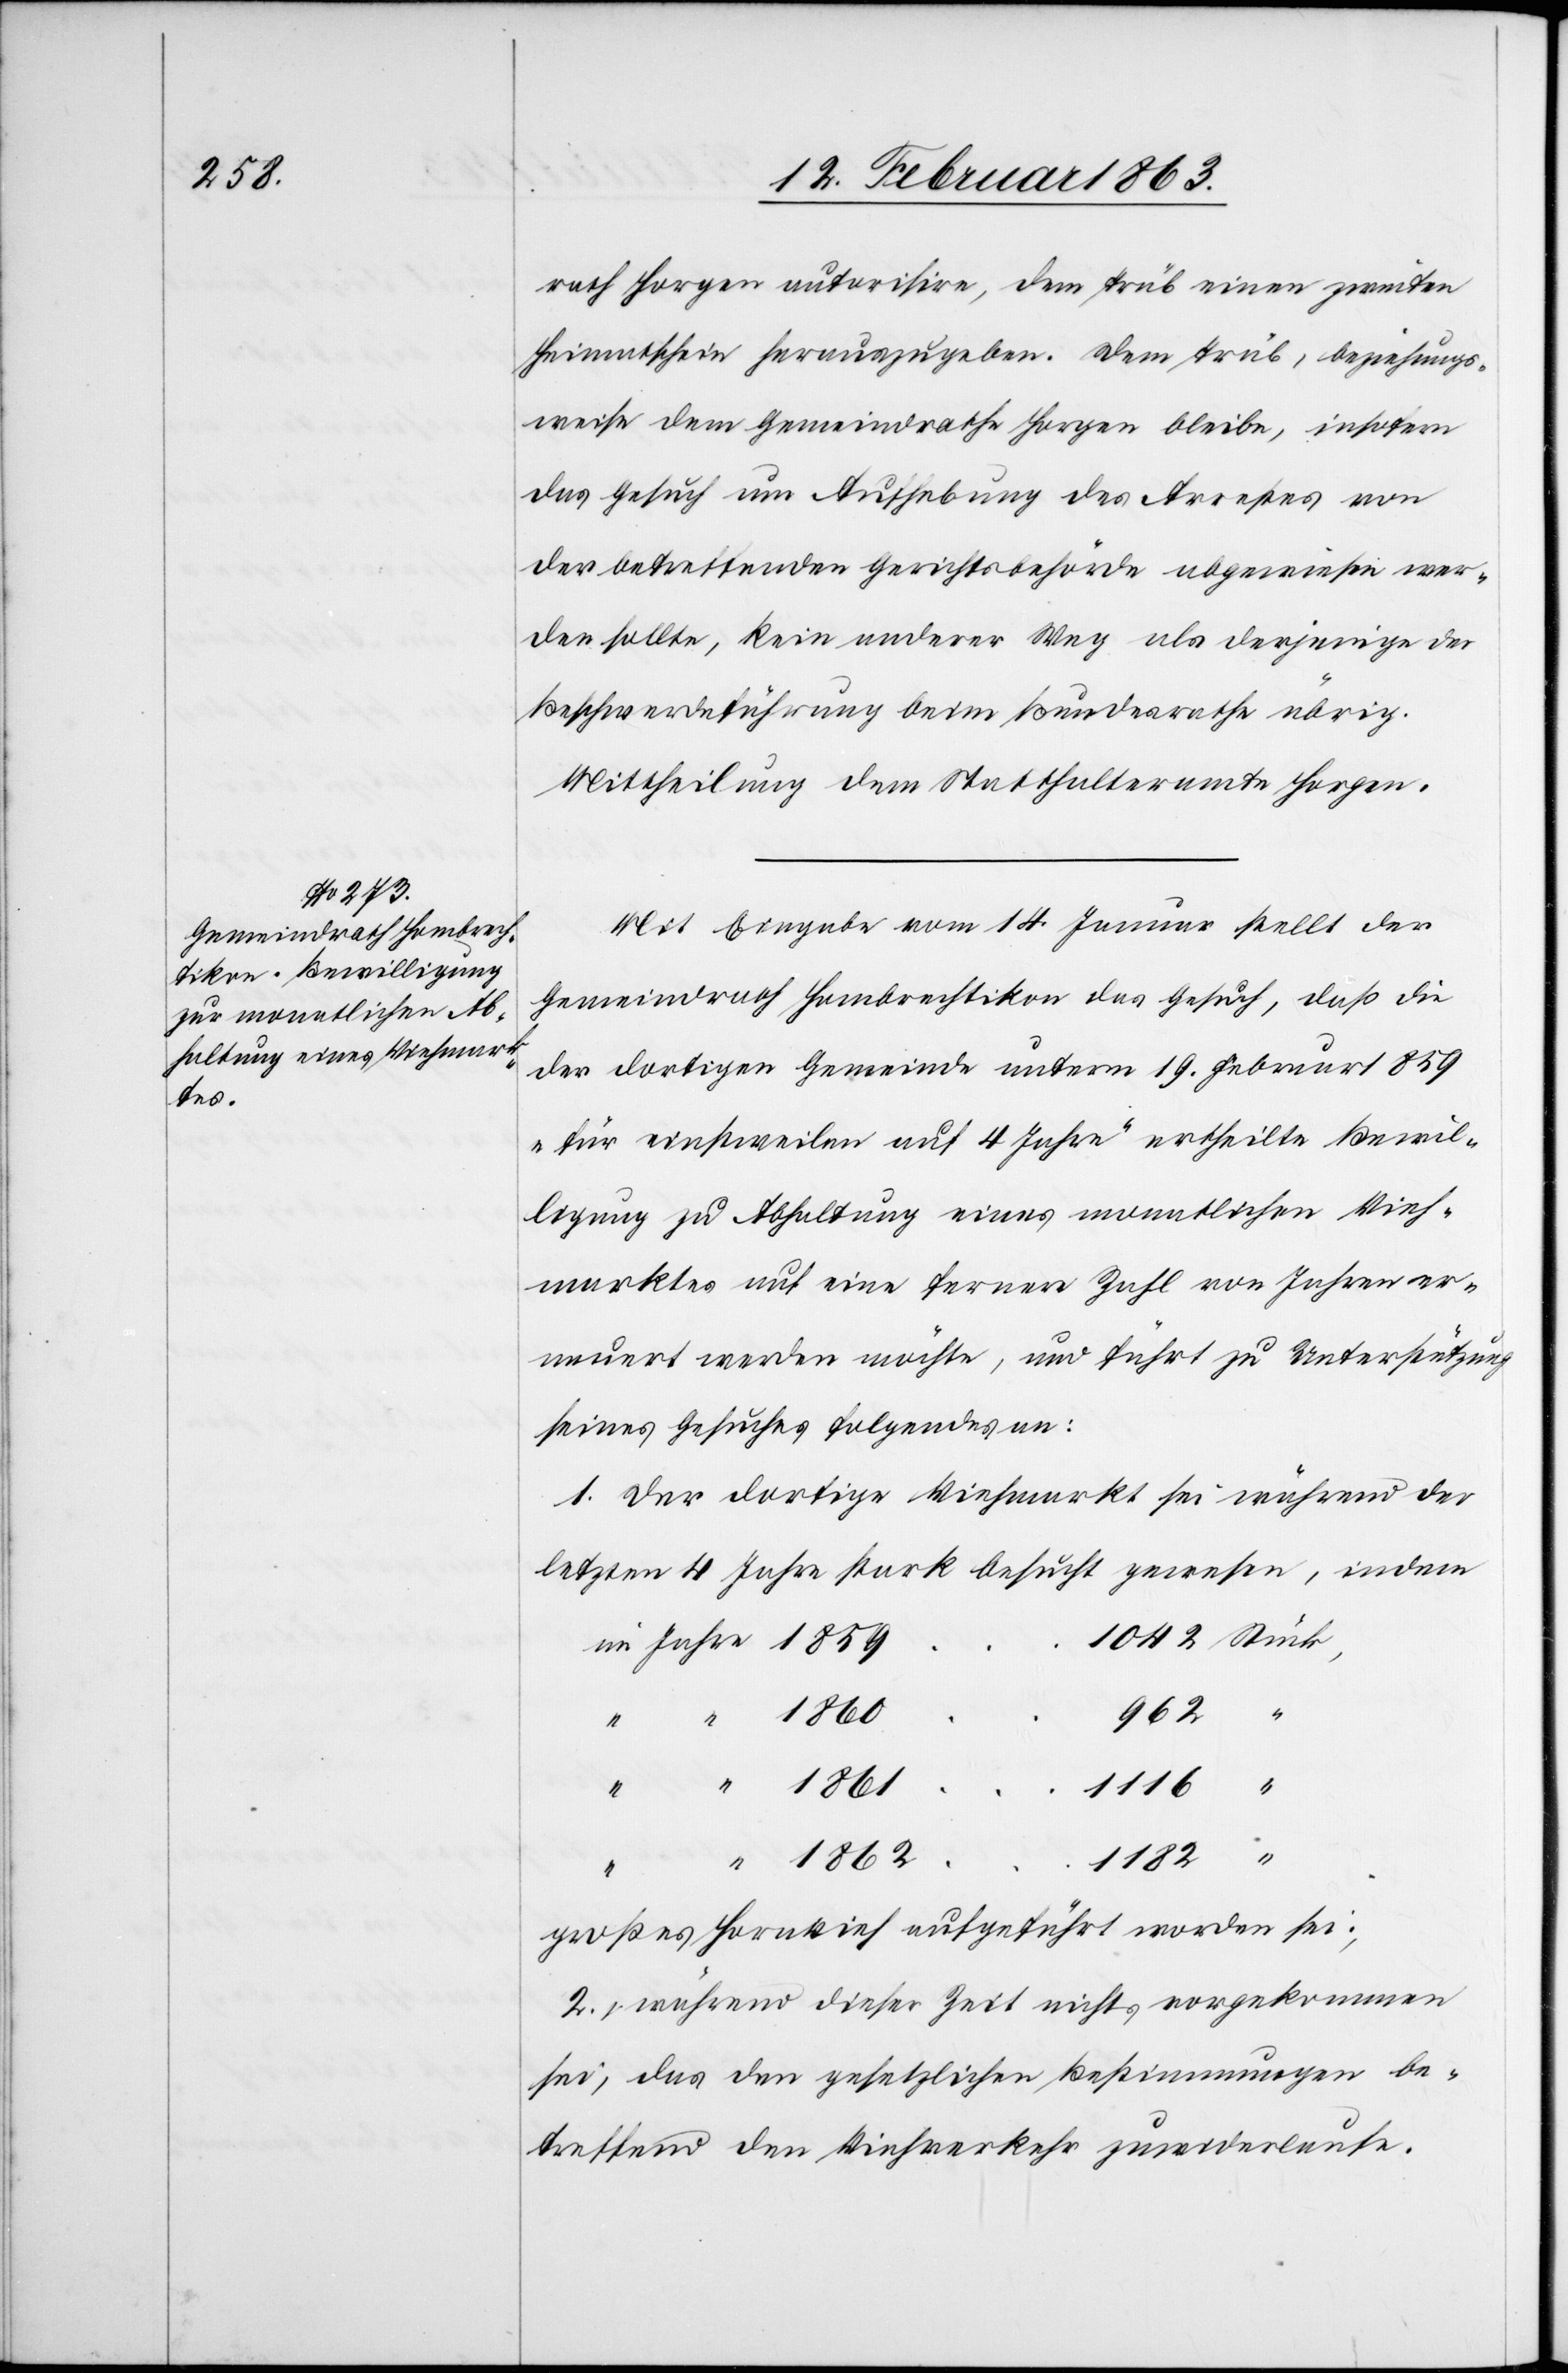
rath Horgen autorisire, dem Trüb einen zweiten
Heimatschein herauszugeben. Dem Trüb, beziehungs¬
weise dem Gemeindrathe Horgen bleibe, insofern
das Gesuch um Aufhebung des Arrestes von
der betreffenden Gerichtsbehörde abgewiesen wer¬
den sollte, kein anderer Weg als derjenige der
Beschwerdeführung beim Bundesrathe übrig.
Mittheilung dem Statthalteramte Horgen.
Mit Eingabe vom 14. Januar stellt der
Gemeindrath Hombrechtikon das Gesuch, daß die
der dortigen Gemeinde unterm 19. Februar 1859
„für einstweilen auf 4 Jahre“ ertheilte Bewil¬
ligung zu Abhaltung eines monatlichen Vieh¬
marktes auf eine fernere Zahl von Jahren er¬
neuert werden möchte, und führt zu Unterstützung
seines Gesuches folgendes an:
1. Der dortige Viehmarkt sei während der
letzten 4 Jahre stark besucht gewesen, indem
im Jahre 1859	1042
großes Hornvieh aufgeführt worden sei;
2. während dieser Zeit nichts vorgekommen
sei, das den gesetzlichen Bestimmungen be¬
treffend den Viehverkehr zuwiderlaufe.